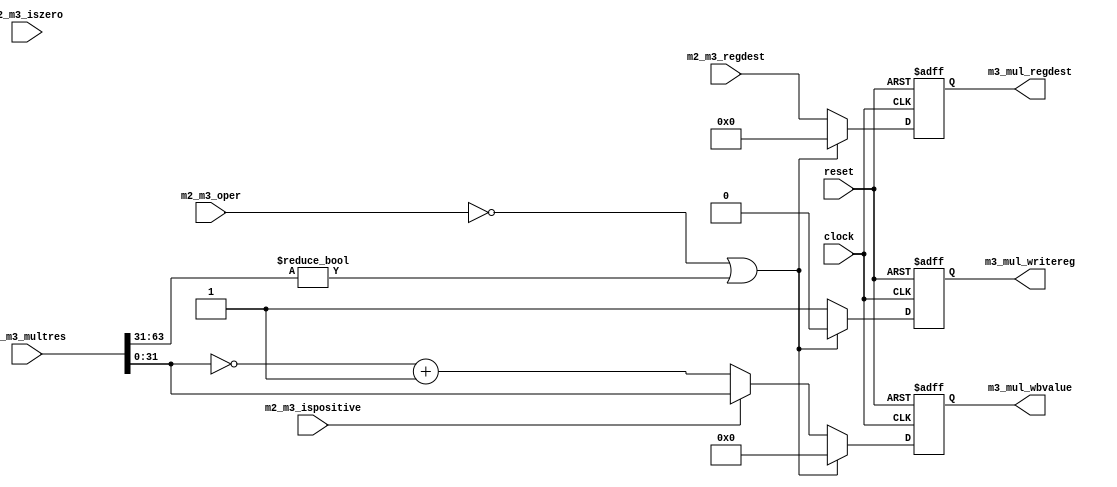
`ifndef MULT_THREE
`define MULT_THREE

module Mult_3 (
    input clock,
    input reset,

    input m2_m3_oper,

    input [63:0] m2_m3_multres,
    input [4:0] m2_m3_regdest,

    input m2_m3_ispositive,
    input m2_m3_iszero,

    output reg [4:0] m3_mul_regdest,
    output reg m3_mul_writereg,
    output reg [31:0] m3_mul_wbvalue
);

wire [32:0] upper_bits;
wire [31:0] lower_bits;

assign upper_bits = m2_m3_multres[63:31];
assign lower_bits = m2_m3_multres[31:0];

always @(posedge clock or negedge reset) begin
    if (~reset) begin
        m3_mul_regdest <= 5'b00000;
        m3_mul_writereg <= 1'b0;
        m3_mul_wbvalue <= 32'h0000_0000;
    end else if (~m2_m3_oper || upper_bits != 33'h00000_0000) begin
        m3_mul_regdest <= 5'b00000;
        m3_mul_writereg <= 1'b0;
        m3_mul_wbvalue <= 32'h0000_0000;
    end else begin
        m3_mul_regdest <= m2_m3_regdest;
        m3_mul_writereg <= 1'b1;
        if (!m2_m3_ispositive) begin
            m3_mul_wbvalue <= ~lower_bits + 1;
        end else begin
            m3_mul_wbvalue <= lower_bits;
        end
    end
end

endmodule

`endif